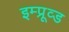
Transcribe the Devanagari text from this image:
इम्प्रूव्ड